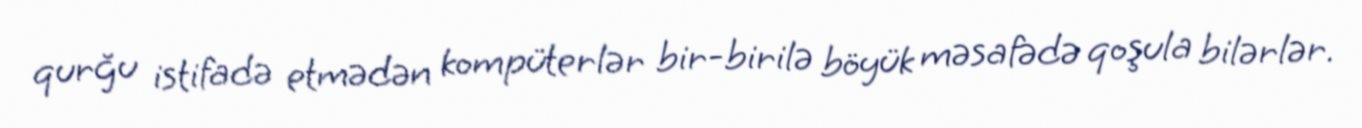
qurğu istifadə etmədən kompüterlər bir-birilə böyük məsafədə qoşula bilərlər.